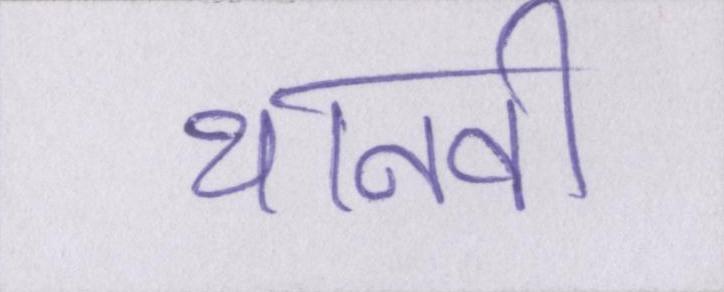
थानवी